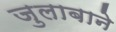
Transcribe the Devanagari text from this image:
जुलाबाने